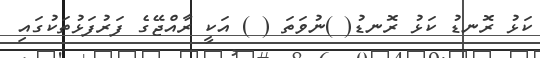
ކަޅު ރޮނޑު ކަޅު ރޮނޑު( )ނުވަތަ ( ) އަކީ ރާއްޖޭގެ ފަރުފަޅުތަކުގައި